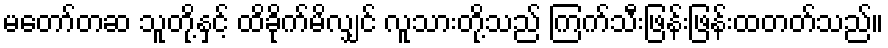
မတော်တဆ သူတို့နှင့် ထိခိုက်မိလျှင် လူသားတို့သည် ကြက်သီးဖြန်းဖြန်းထတတ်သည်။